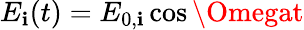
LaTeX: E_{\mathbf{i}}(t)=E_{0,\mathbf{i}}\cos{\Omegat}